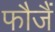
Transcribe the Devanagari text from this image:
फौजैं